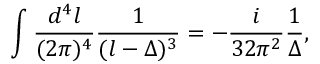
\int \frac { d ^ { 4 } l } { ( 2 \pi ) ^ { 4 } } \frac { 1 } { ( l - \Delta ) ^ { 3 } } = - \frac { i } { 3 2 \pi ^ { 2 } } \frac { 1 } { \Delta } ,